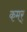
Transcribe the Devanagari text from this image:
कमर्